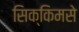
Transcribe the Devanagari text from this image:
सिक्किमसे